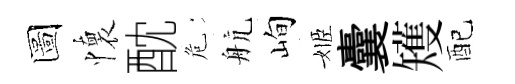
圖懷酖危航峋姬囊矱配